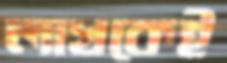
লাখকেই